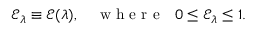
\mathcal { E } _ { \lambda } \equiv \mathcal { E } ( \lambda ) , \quad \textrm { w h e r e ~ } 0 \le \mathcal { E } _ { \lambda } \le 1 .